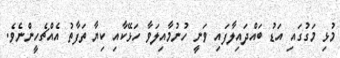
މުޅި މަގުގައި އަޑު ބައްދައިލާފައި ވަނީ ހުނުމާއިލަވާ ހަޅޭކާއި ކިޔާ ތަފާތު އެއްޗެހީންނެވެ.